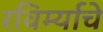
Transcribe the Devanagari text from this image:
रविर्म्याचे